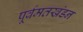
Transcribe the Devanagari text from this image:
पूर्वमतखंडन